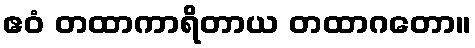
ဧဝံ တထာကာရိတာယ တထာဂတော။